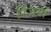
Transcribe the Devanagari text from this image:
रिजर्वो